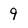
Character: 9